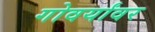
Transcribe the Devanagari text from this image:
गोवर्यांवर